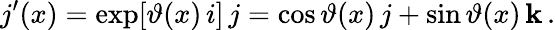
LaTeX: j^{\prime}(x)=\exp[\vartheta(x)\, i]\, j=\cos\vartheta(x)\, j+\sin\vartheta(x)\, \mathbf{k}\, .